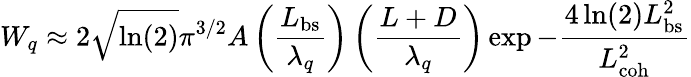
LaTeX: W_{q}\approx 2\sqrt{\ln(2)}\pi^{3/2}A\left(\frac{L_{\mathrm{bs}}}{\lambda_{q}}\right)\left(\frac{L+D}{\lambda_{q}}\right)\exp{-\frac{4\ln(2)L_{\mathrm{bs}}^{2}}{L_{\mathrm{coh}}^{2}}}